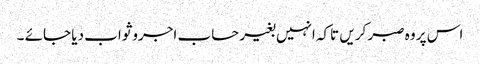
اس پر وہ صبر کریں تاکہ انہیں بغیر حساب اجروثواب دیا جائے ۔